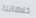
خلافاتنا